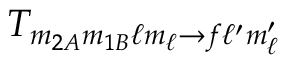
T _ { m _ { 2 A } m _ { 1 B } \ell m _ { \ell } \rightarrow f \ell ^ { \prime } m _ { \ell } ^ { \prime } }